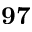
\mathbf { 9 7 }